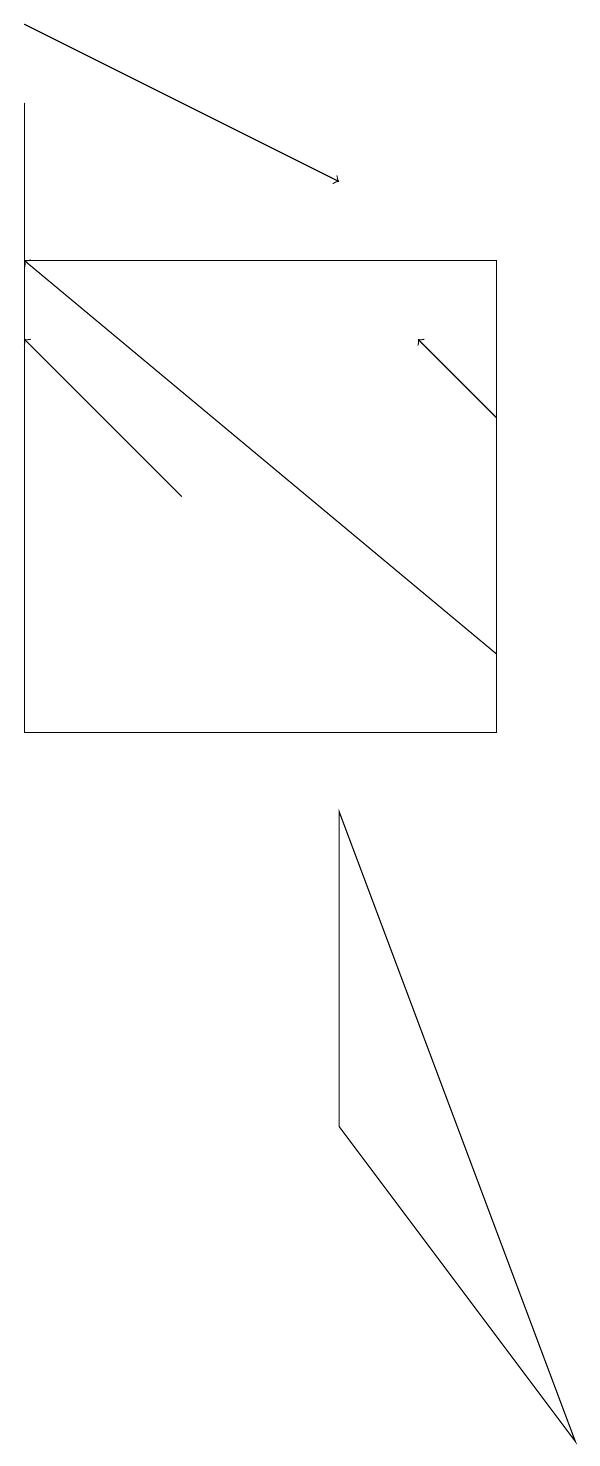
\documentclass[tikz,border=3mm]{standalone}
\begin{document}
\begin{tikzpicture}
\draw (1,10) rectangle (7,16);
\draw[->] (7,14) -- (6,15);
\draw (5,5) -- (8,1) -- (5,9) -- cycle;
\draw[->] (3,13) -- (1,15);
\draw[->] (1,19) -- (5,17);
\draw[->] (7,11) -- (1,16);
\draw (1,12) rectangle (1,18);
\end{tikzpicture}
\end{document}